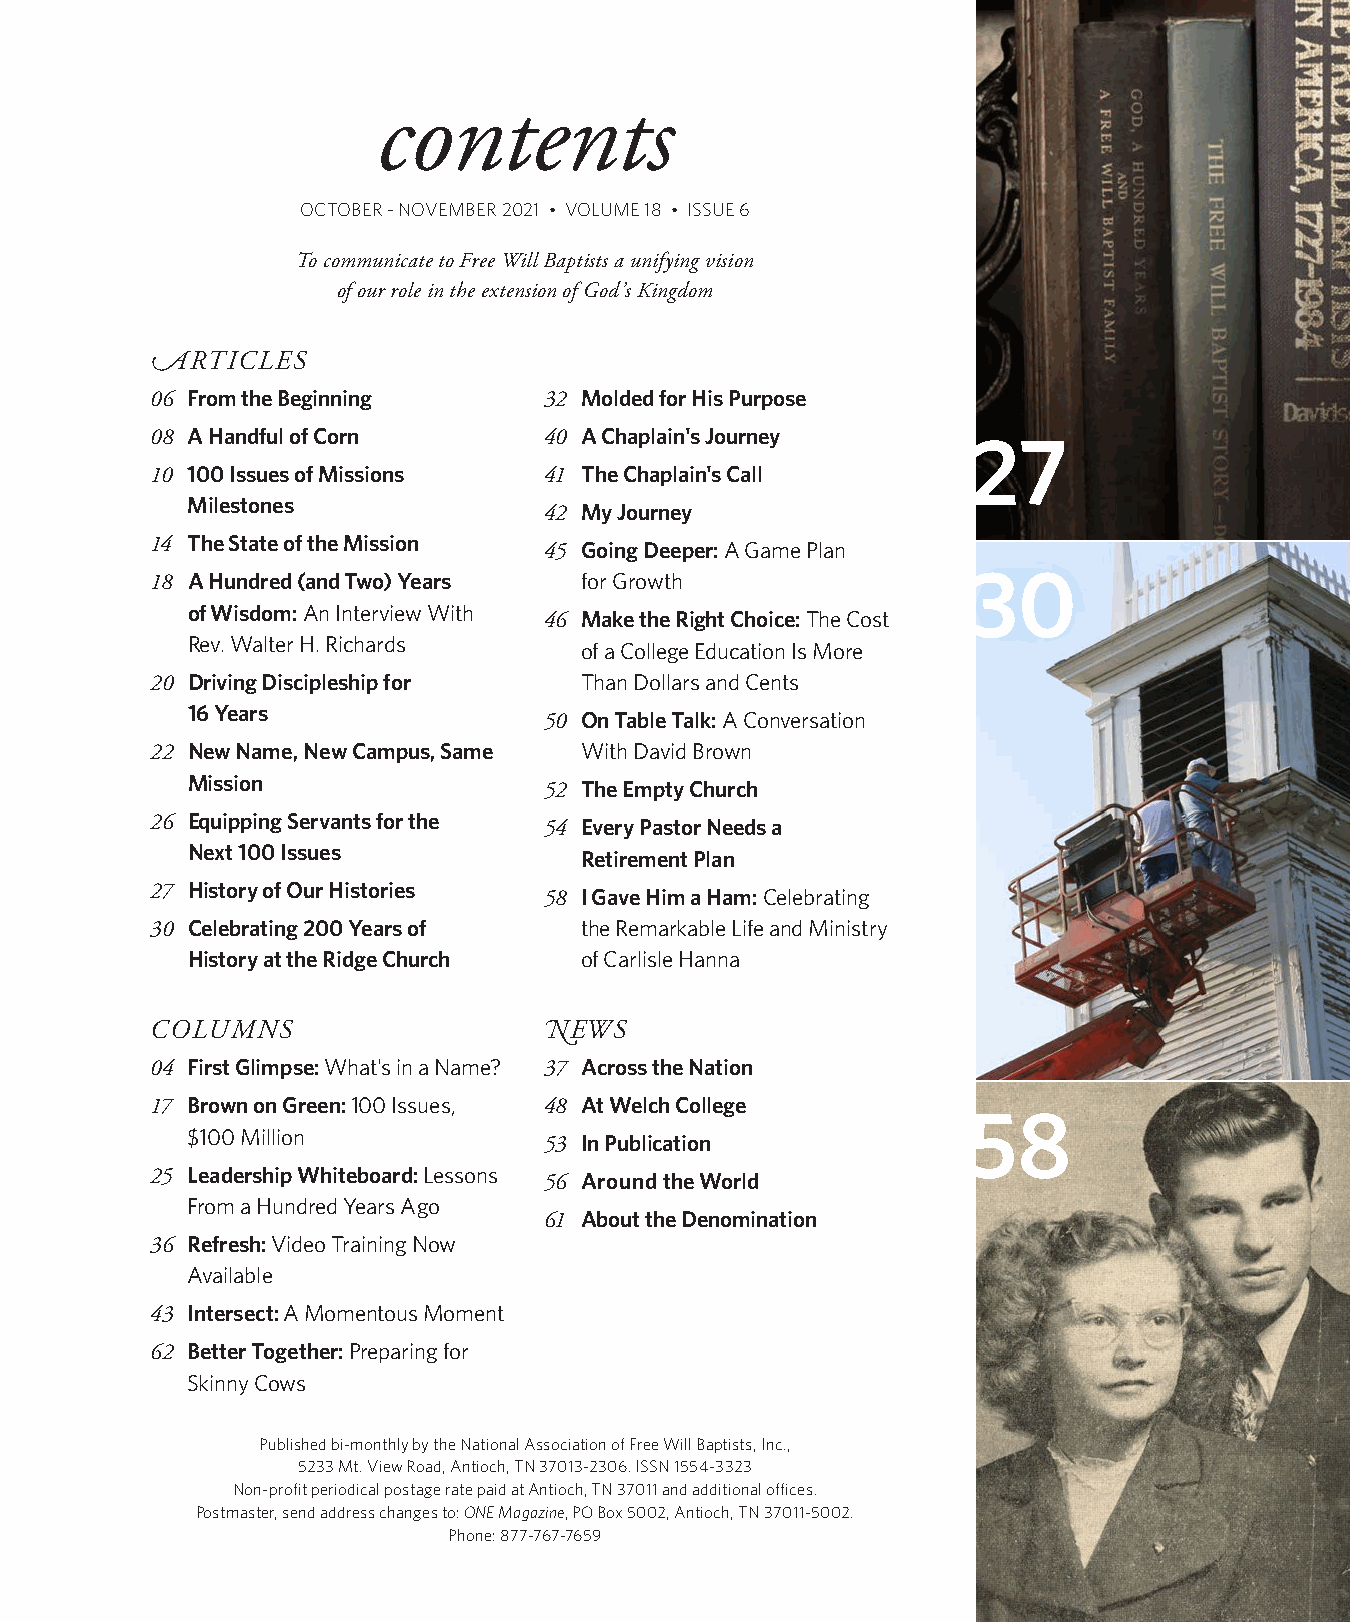
contents
 OCTOBER - NOVEMBER 2021 • VOLUME 18 • ISSUE 6
 To communicate to Free Will Baptists a unifying vision
 of our role in the extension of God’s Kingdom
 ARTICLES
 06 From the Beginning     32 Molded for His Purpose
 08 A Handful of Corn      40 A Chaplain's Journey
 27
 10 100 Issues of Missions 41 The Chaplain's Call
 Milestones
 42 My Journey
 14 The State of the Mission 45 Going Deeper: A Game Plan
 18 A Hundred (and Two) Years for Growth               30
 of Wisdom: An Interview With
 46 Make the Right Choice: The Cost
 Rev. Walter H. Richards
 of a College Education Is More
 20 Driving Discipleship for Than Dollars and Cents
 16 Years
 50 On Table Talk: A Conversation
 22 New Name, New Campus, Same With David Brown
 Mission
 52 The Empty Church
 26 Equipping Servants for the 54 Every Pastor Needs a
 Next 100 Issues
 Retirement Plan
 27 History of Our Histories 58 I Gave Him a Ham: Celebrating
 30 Celebrating 200 Years of the Remarkable Life and Ministry
 History at the Ridge Church of Carlisle Hanna
 COLUMNS                   NEWS
 04 First Glimpse: What's in a Name? 37 Across the Nation
 17 Brown on Green: 100 Issues, 48 At Welch College
 58
 $100 Million
 53 In Publication
 25 Leadership Whiteboard: Lessons 56 Around the World
 From a Hundred Years Ago
 61 About the Denomination
 36 Refresh: Video Training Now
 Available
 43 Intersect: A Momentous Moment
 62 Better Together: Preparing for
 Skinny Cows
 Published bi-monthly by the National Association of Free Will Baptists, Inc.,
 5233 Mt. View Road, Antioch, TN 37013-2306. ISSN 1554-3323
 Non-profit periodical postage rate paid at Antioch, TN 37011 and additional offices.
 Postmaster, send address changes to: ONE Magazine, PO Box 5002, Antioch, TN 37011-5002.
 Phone: 877-767-7659